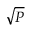
\sqrt { P }